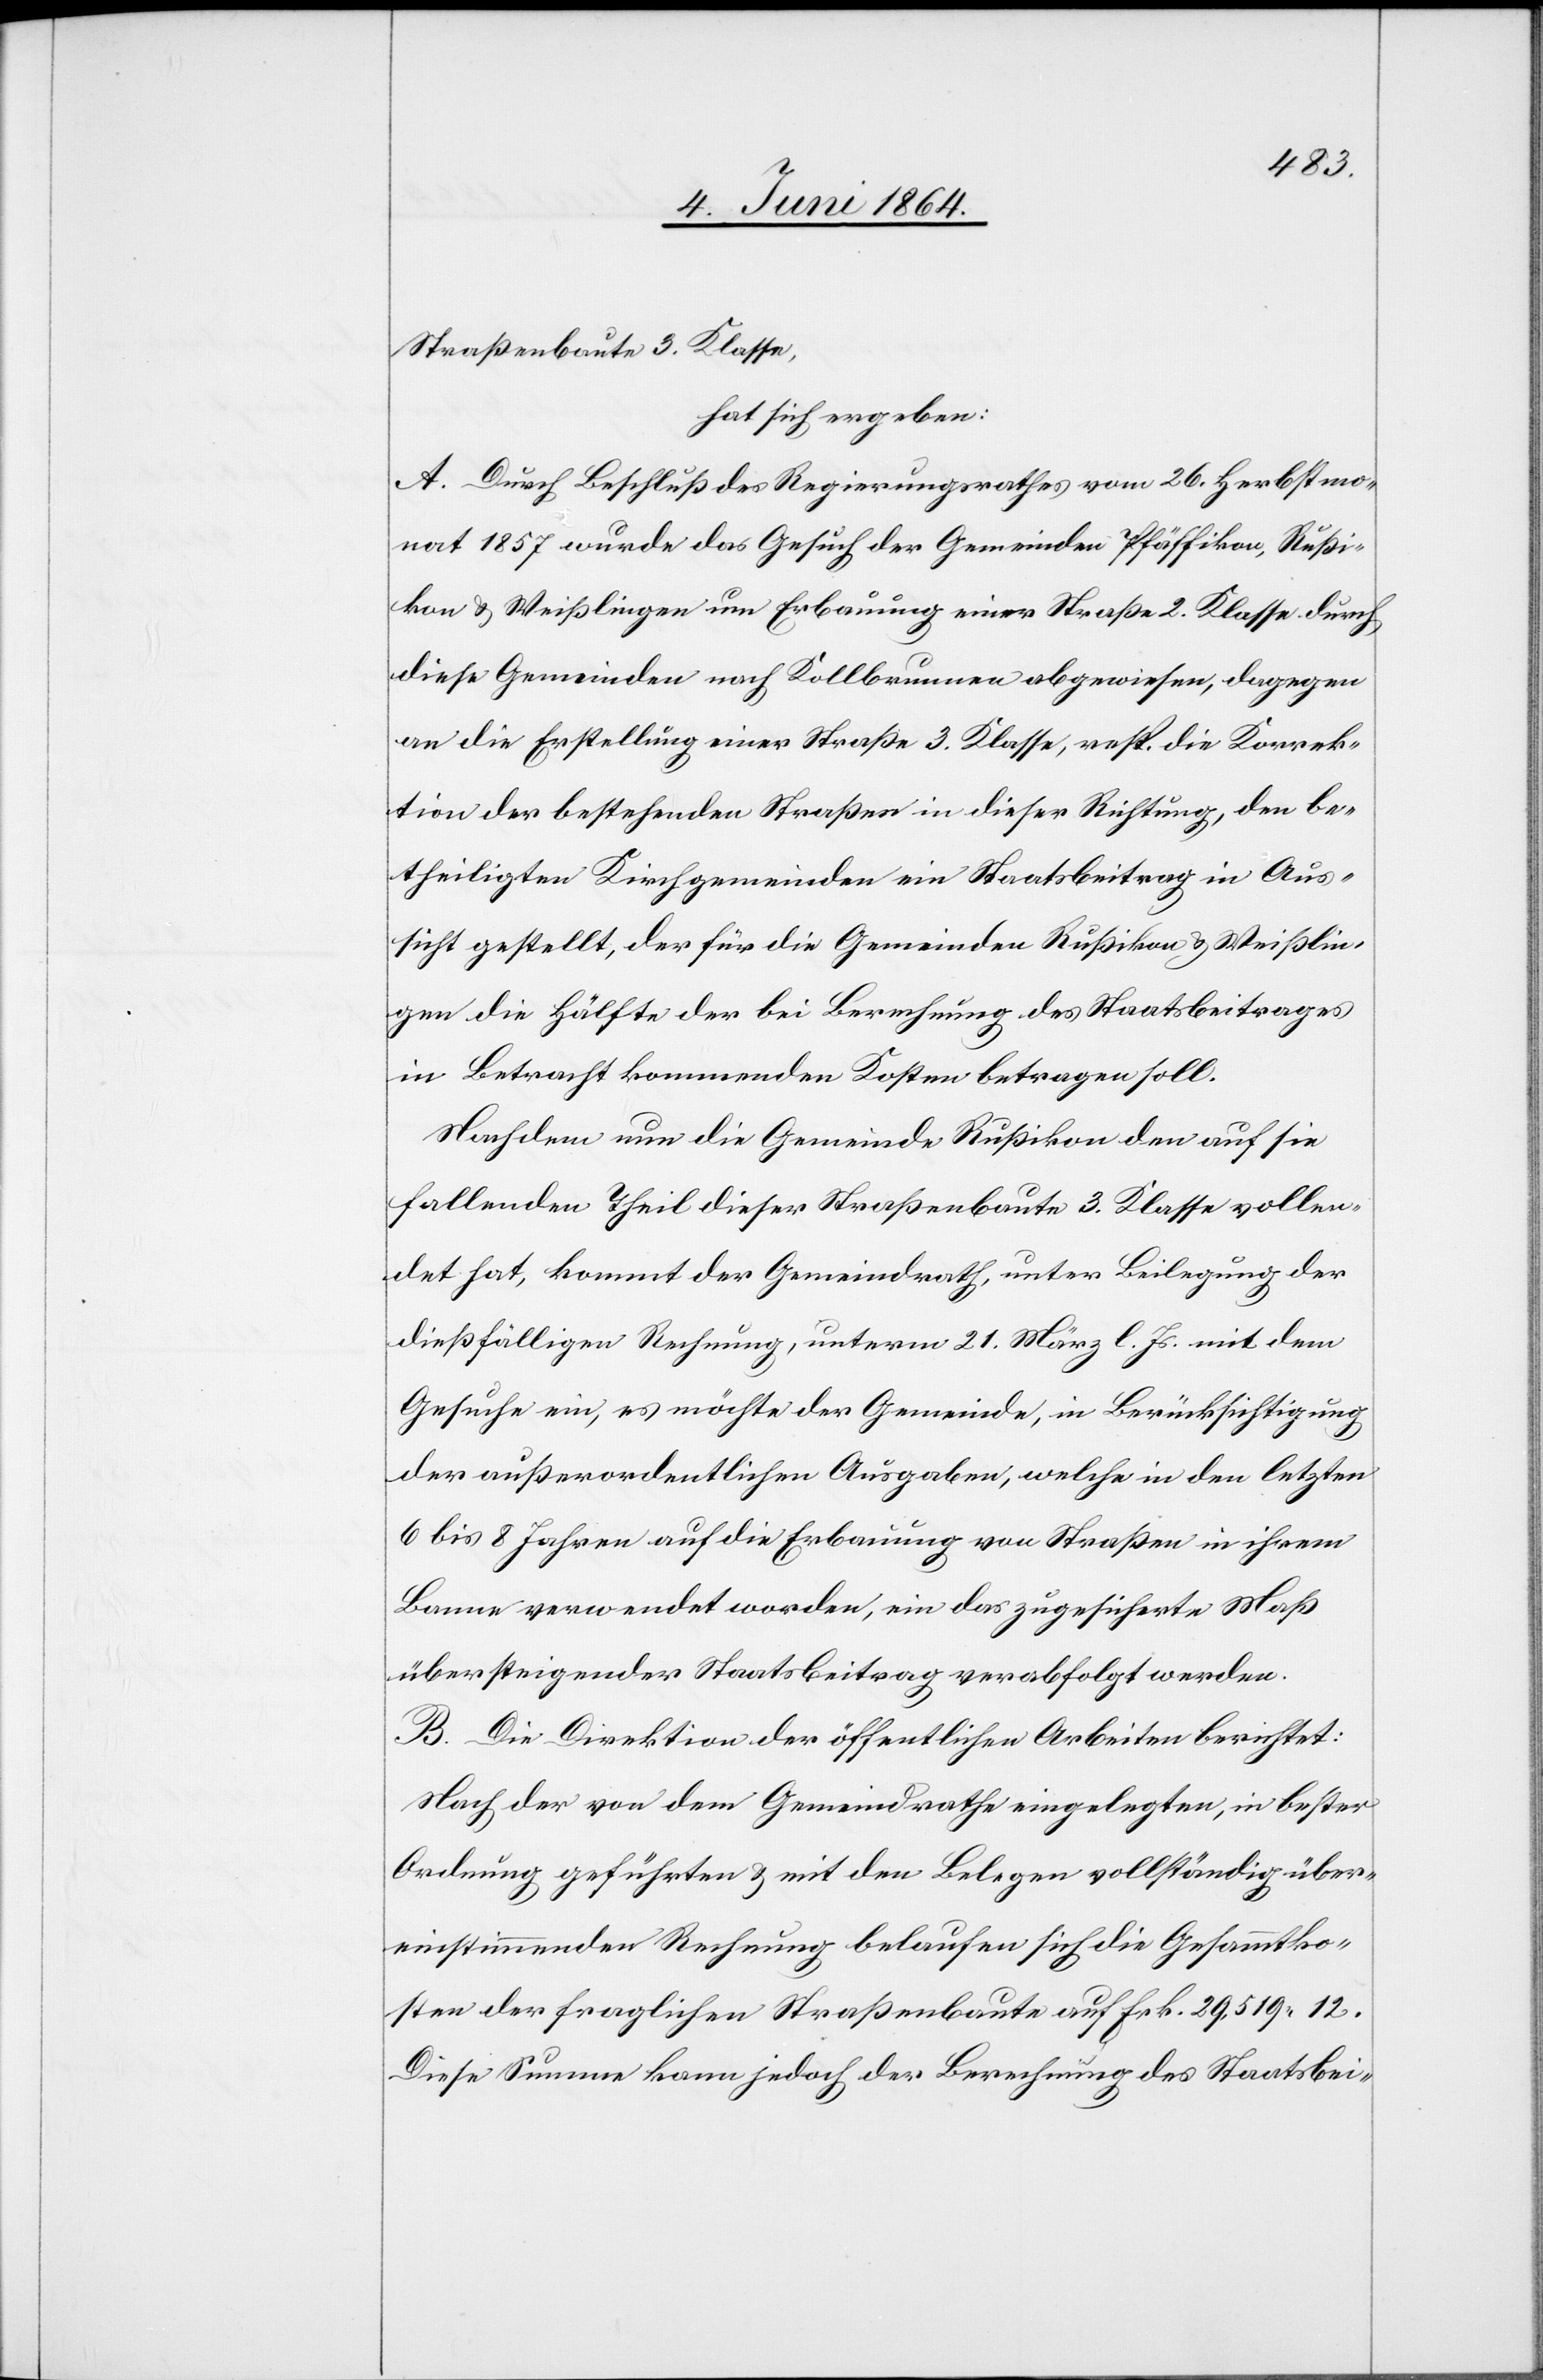
Straßenbaute 3. Klasse,
hat sich ergeben:
A. Durch Beschluß des Regierungsrathes vom 26. Herbstmo¬
nat 1857 wurde das Gesuch der Gemeinden Pfäffikon, Rußi¬
kon u. Weißlingen um Erbauung einer Straße 2. Klasse durch
diese Gemeinden nach Kollbrunnen abgewiesen, dagegen
an die Erstellung einer Straße 3. Klasse, resp. die Korrek¬
tion der bestehenden Straßen in dieser Richtung, den be¬
theiligten Kirchgemeinden ein Staatsbeitrag in Aus¬
sicht gestellt, der für die Gemeinden Rußikon u. Weißlin¬
gen die Hälfte der bei Berechnung des Staatsbeitrages
in Betracht kommenden Kosten betragen soll.
Nachdem nun die Gemeinde Rußikon den auf sie
fallenden Theil dieser Straßenbaute 3. Klasse vollen¬
det hat, kommt der Gemeindrath, unter Beilegung der
dießfälligen Rechnung, unterm 21. März l. Js. mit dem
Gesuche ein, es möchte der Gemeinde, in Berücksichtigung
der außerordentlichen Ausgaben, welche in den letzten
6 bis 8 Jahren auf die Erbauung von Straßen in ihrem
Banne verwendet worden, ein das zugesicherte Maß
übersteigender Staatsbeitrag verabfolgt werden.
B. Die Direktion der öffentlichen Arbeiten berichtet:
Nach der von dem Gemeindrathe eingelegten, in bester
Ordnung geführten u. mit den Belegen vollständig über¬
einstimmenden Rechnung belaufen sich die Gesammtko¬
sten der fraglichen Straßenbaute auf Frk. 29,519 12.
Diese Summe kann jedoch der Berechnung des Staatsbei-